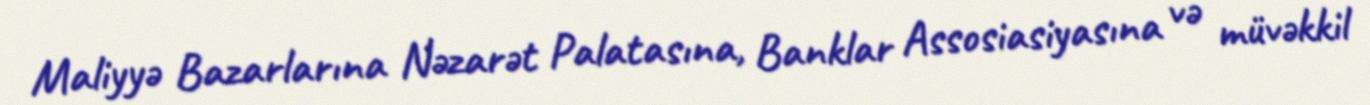
Maliyyə Bazarlarına Nəzarət Palatasına, Banklar Assosiasiyasına və müvəkkil